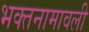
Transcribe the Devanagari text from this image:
भक्तनामावली